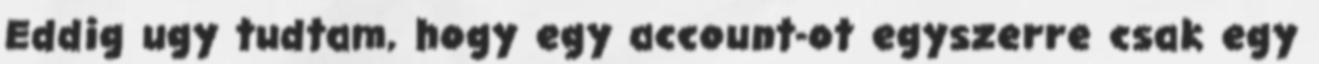
Eddig ugy tudtam, hogy egy account-ot egyszerre csak egy